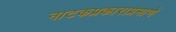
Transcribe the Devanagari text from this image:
नाटकप्रकाराप्रमाणे